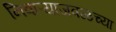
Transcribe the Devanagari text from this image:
निवाऱ्याजवळच्या